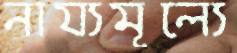
নায্যমূল্যে